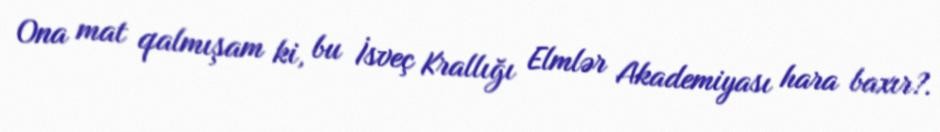
Ona mat qalmışam ki, bu İsveç Krallığı Elmlər Akademiyası hara baxır?.